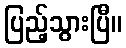
ပြည့်သွားပြီ။